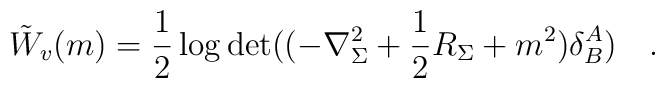
\tilde{W}_v(m)=\frac 12 \log\det((-\nabla_{\Sigma}^2+\frac 12 R_\Sigma+m^2)\delta^A_B)~~~.